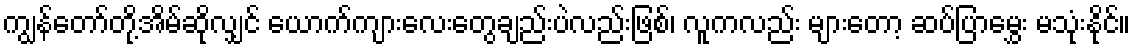
ကျွန်တော်တို့အိမ်ဆိုလျှင် ယောက်ကျားလေးတွေချည်းပဲလည်းဖြစ်၊ လူကလည်း များတော့ ဆပ်ပြာမွှေး မသုံးနိုင်။